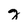
Character: g